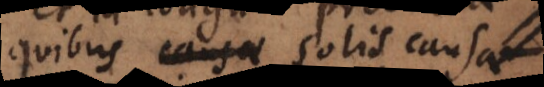
quibus causae solis causae